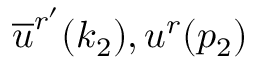
\overline { { u } } ^ { r ^ { \prime } } ( k _ { 2 } ) , u ^ { r } ( p _ { 2 } )